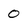
Character: 0